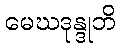
မေဃဒုန္ဒုဘိ